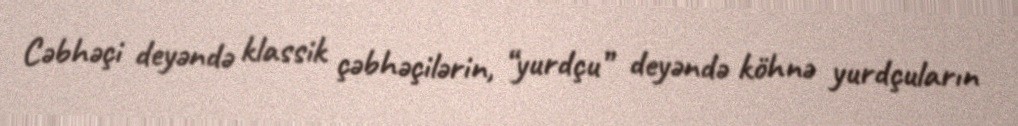
Cəbhəçi deyəndə klassik çəbhəçilərin, “yurdçu” deyəndə köhnə yurdçuların